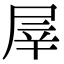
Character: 屖